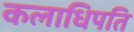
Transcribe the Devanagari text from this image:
कलाधिपति